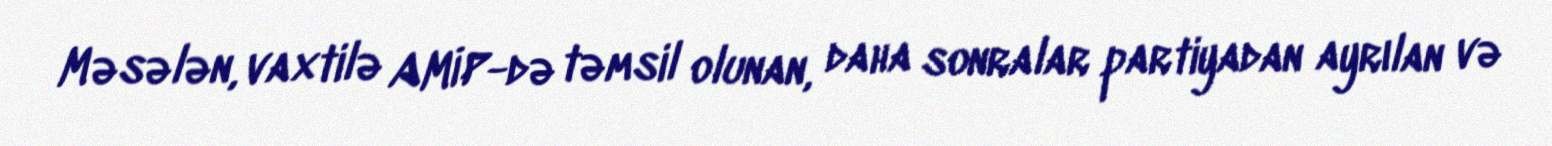
Məsələn, vaxtilə AMİP-də təmsil olunan, daha sonralar partiyadan ayrılan və